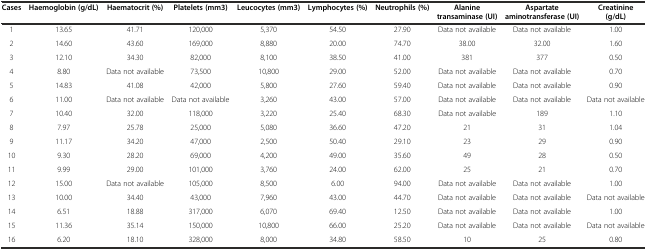
<table><thead><tr><td><b>Cases</b></td><td><b>Haemoglobin (g/dL)</b></td><td><b>Haematocrit (%)</b></td><td><b>Platelets (mm3)</b></td><td><b>Leucocytes (mm3)</b></td><td><b>Lymphocytes (%)</b></td><td><b>Neutrophils (%)</b></td><td><b>Alanine transaminase (UI)</b></td><td><b>Aspartate aminotransferase (UI)</b></td><td><b>Creatinine (g/dL)</b></td></tr></thead><tbody><tr><td>1</td><td>13.65</td><td>41.71</td><td>120,000</td><td>5,370</td><td>54.50</td><td>27.90</td><td>Data not available</td><td>Data not available</td><td>1.00</td></tr><tr><td>2</td><td>14.60</td><td>43.60</td><td>169,000</td><td>8,880</td><td>20.00</td><td>74.70</td><td>38.00</td><td>32.00</td><td>1.60</td></tr><tr><td>3</td><td>12.10</td><td>34.30</td><td>82,000</td><td>8,100</td><td>38.50</td><td>41.00</td><td>381</td><td>377</td><td>0.50</td></tr><tr><td>4</td><td>8.80</td><td>Data not available</td><td>73,500</td><td>10,800</td><td>29.00</td><td>52.00</td><td>Data not available</td><td>Data not available</td><td>0.70</td></tr><tr><td>5</td><td>14.83</td><td>41.08</td><td>42,000</td><td>5,800</td><td>27.60</td><td>59.40</td><td>Data not available</td><td>Data not available</td><td>0.90</td></tr><tr><td>6</td><td>11.00</td><td>Data not available</td><td>Data not available</td><td>3,260</td><td>43.00</td><td>57.00</td><td>Data not available</td><td>Data not available</td><td>Data not available</td></tr><tr><td>7</td><td>10.40</td><td>32.00</td><td>118,000</td><td>3,220</td><td>25.40</td><td>68.30</td><td>Data not available</td><td>189</td><td>1.10</td></tr><tr><td>8</td><td>7.97</td><td>25.78</td><td>25,000</td><td>5,080</td><td>36.60</td><td>47.20</td><td>21</td><td>31</td><td>1.04</td></tr><tr><td>9</td><td>11.17</td><td>34.20</td><td>47,000</td><td>2,500</td><td>50.40</td><td>29.10</td><td>23</td><td>29</td><td>0.90</td></tr><tr><td>10</td><td>9.30</td><td>28.20</td><td>69,000</td><td>4,200</td><td>49.00</td><td>35.60</td><td>49</td><td>28</td><td>0.50</td></tr><tr><td>11</td><td>9.99</td><td>29.00</td><td>101,000</td><td>3,760</td><td>24.00</td><td>62.00</td><td>25</td><td>21</td><td>0.70</td></tr><tr><td>12</td><td>15.00</td><td>Data not available</td><td>105,000</td><td>8,500</td><td>6.00</td><td>94.00</td><td>Data not available</td><td>Data not available</td><td>1.00</td></tr><tr><td>13</td><td>10.00</td><td>34.40</td><td>43,000</td><td>7,960</td><td>43.00</td><td>44.70</td><td>Data not available</td><td>Data not available</td><td>Data not available</td></tr><tr><td>14</td><td>6.51</td><td>18.88</td><td>317,000</td><td>6,070</td><td>69.40</td><td>12.50</td><td>Data not available</td><td>Data not available</td><td>1.00</td></tr><tr><td>15</td><td>11.36</td><td>35.14</td><td>150,000</td><td>10,800</td><td>66.00</td><td>25.20</td><td>Data not available</td><td>Data not available</td><td>Data not available</td></tr><tr><td>16</td><td>6.20</td><td>18.10</td><td>328,000</td><td>8,000</td><td>34.80</td><td>58.50</td><td>10</td><td>25</td><td>0.80</td></tr></tbody></table>